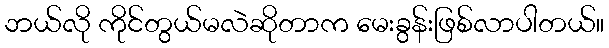
ဘယ်လို ကိုင်တွယ်မလဲဆိုတာက မေးခွန်းဖြစ်လာပါတယ်။